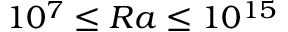
1 0 ^ { 7 } \le R a \le 1 0 ^ { 1 5 }